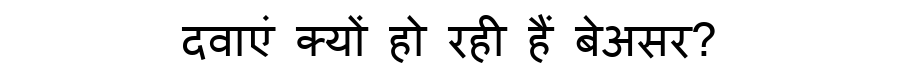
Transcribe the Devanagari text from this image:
दवाएं क्यों हो रही हैं बेअसर?